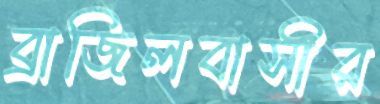
ব্রাজিলবাসীর